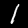
Digit: 1